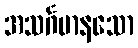
အသင်္ဂမာနသော